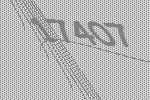
17407